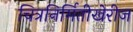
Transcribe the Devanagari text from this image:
चित्रनिर्मितीखेरीज